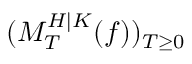
( M _ { T } ^ { H | K } ( f ) ) _ { T \geq 0 }